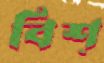
বিশ্